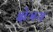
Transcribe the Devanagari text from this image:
क्षेत्रय